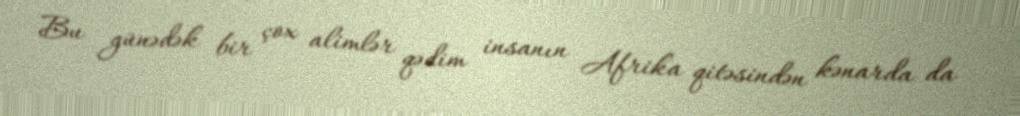
Bu günədək bir çox alimlər qədim insanın Afrika qitəsindən kənarda da